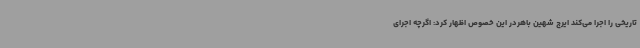
تاریخی را اجرا می‌کند ایرج شهین باهردر این خصوص اظهار کرد: اگرچه اجرای